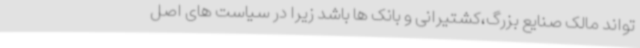
تواند مالک صنایع بزرگ،‌کشتیرانی و بانک ها باشد زیرا در سیاست های اصل